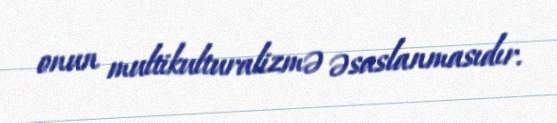
onun multikulturalizmə əsaslanmasıdır.